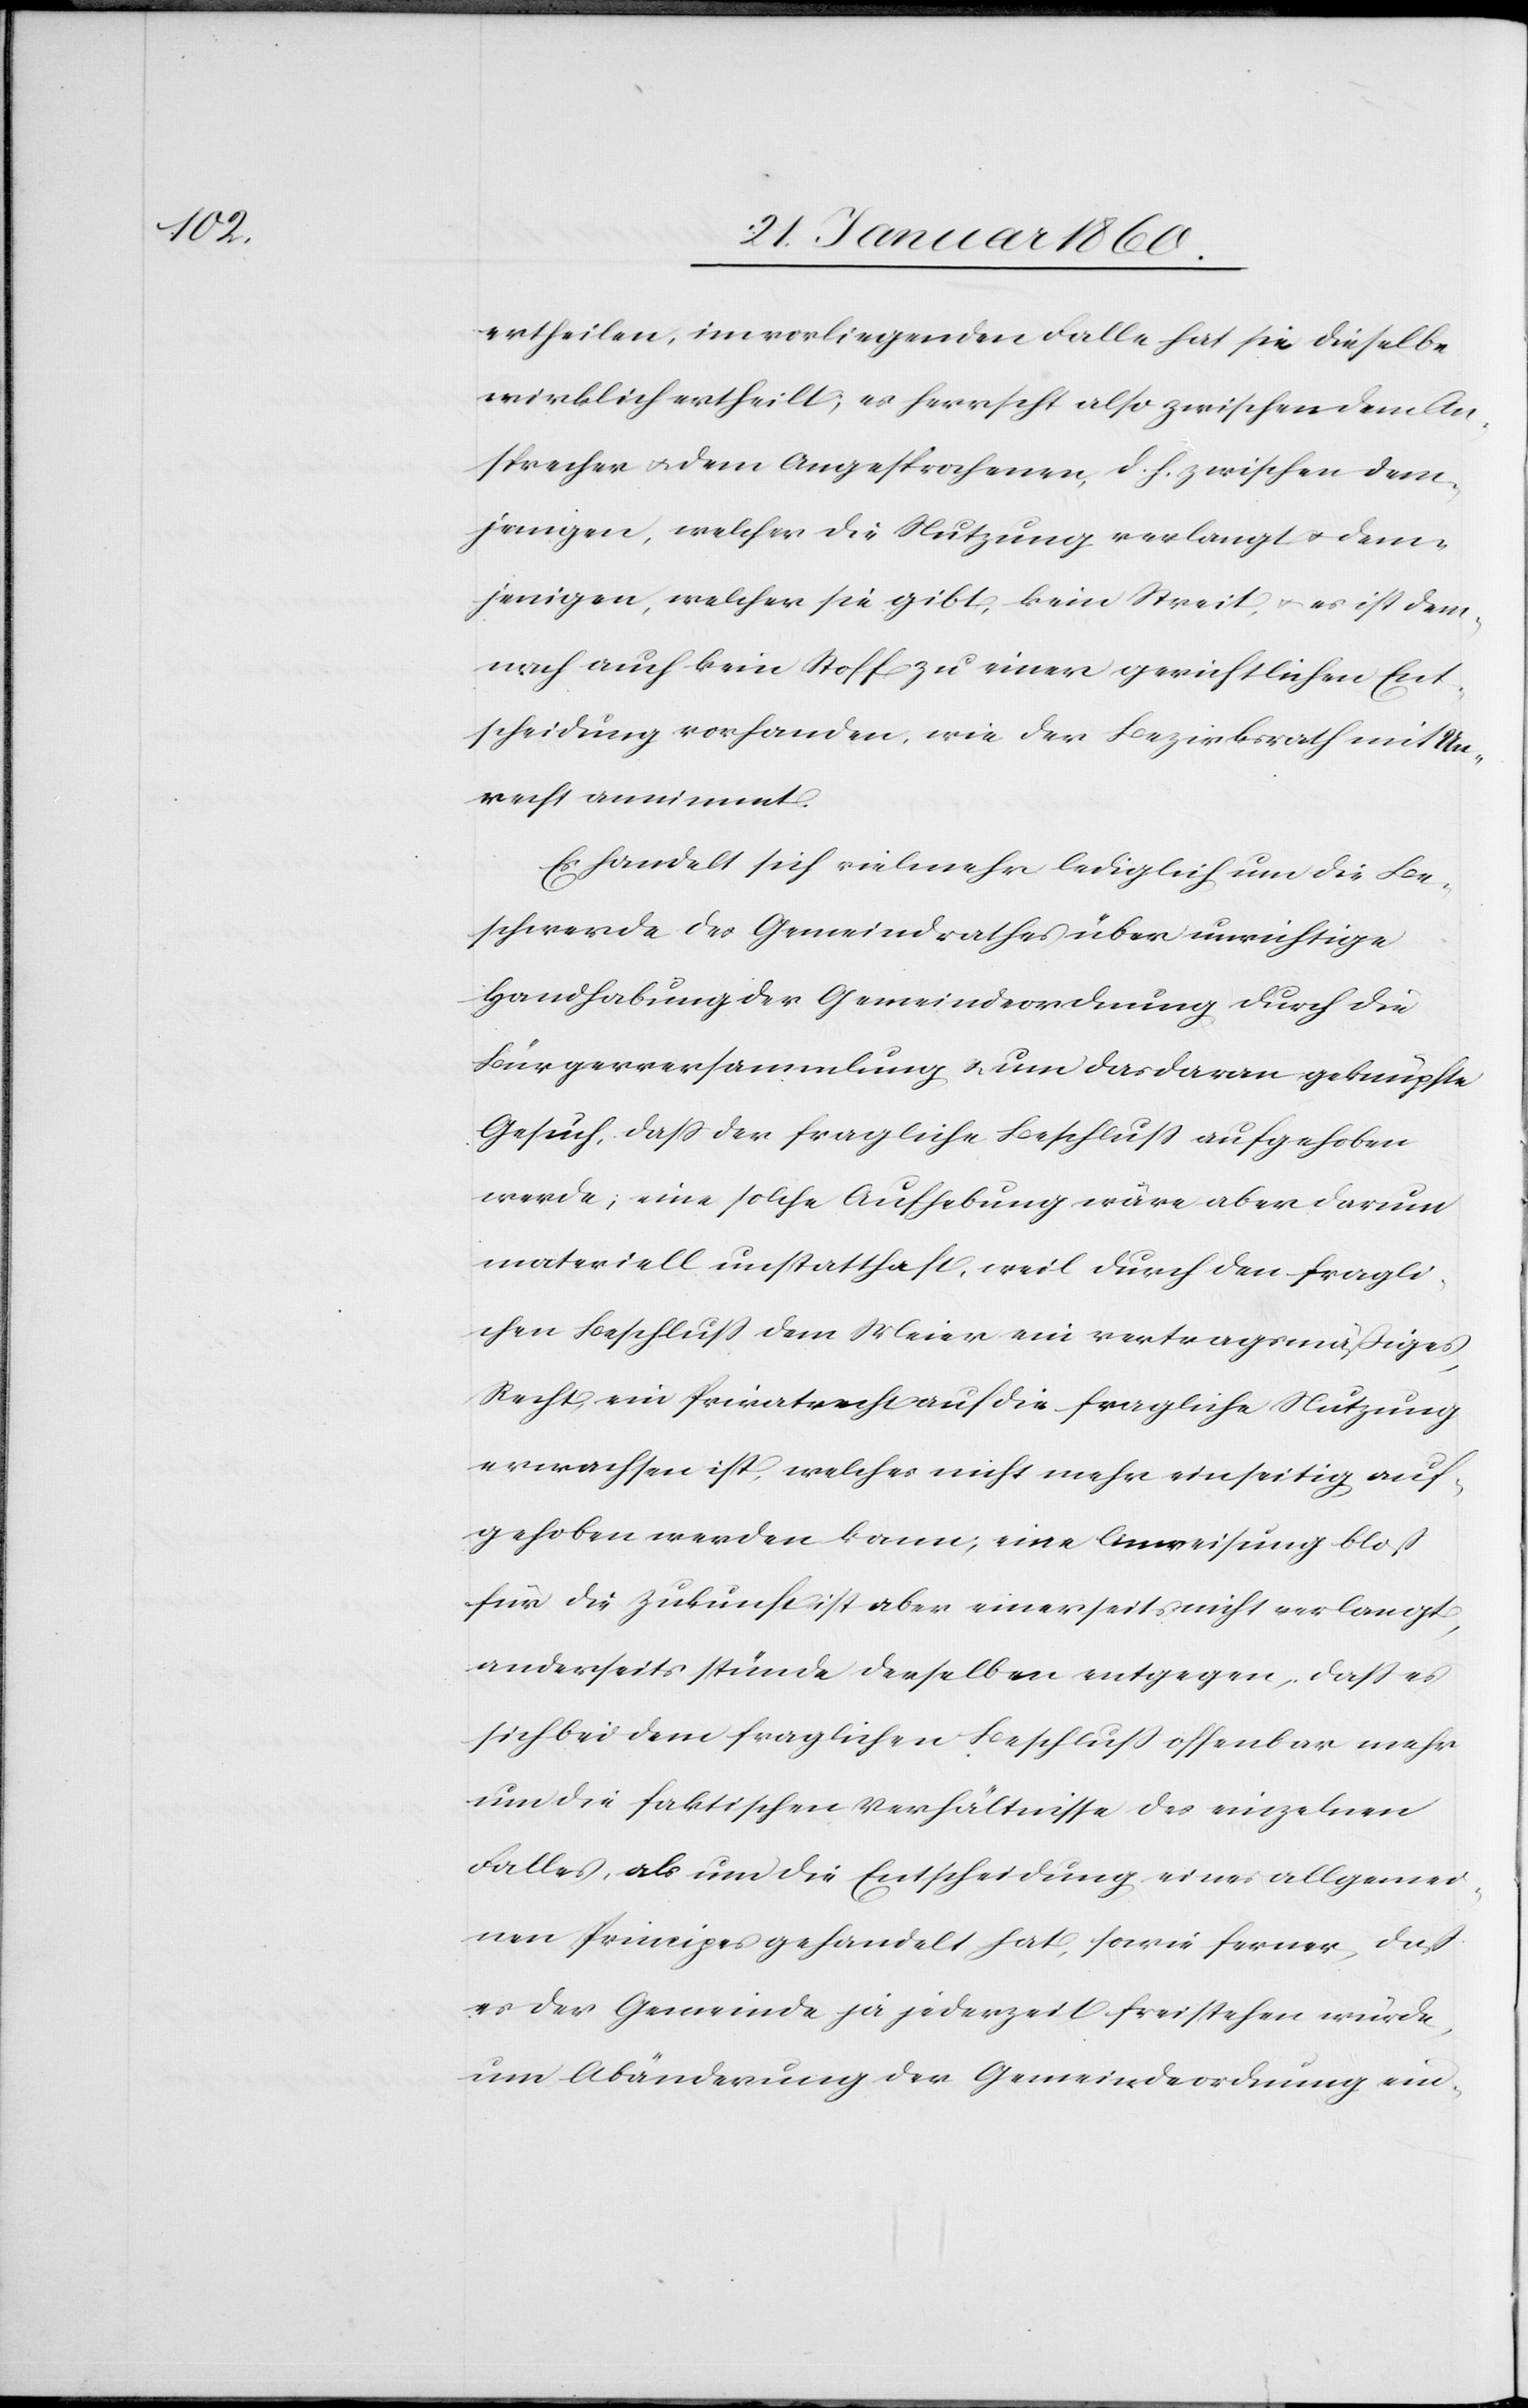
ertheilen, im vorliegenden Falle hat sie dieselbe
wirklich ertheilt; es herrscht also zwischen dem An¬
sprecher u. dem Angesprochenen d. h. zwischen dem¬
jenigen, welcher die Nutzung verlangt u. dem¬
jenigen, welcher sie gibt, kein Streit, u. es ist dem¬
nach auch kein Stoff zu einer gerichtlichen Ent¬
scheidung vorhanden, wie der Bezirksrath mit Un¬
recht annimmt.
Es handelt sich vielmehr lediglich um die Be¬
schwerde des Gemeindrathes über unrichtige
Handhabung der Gemeindeordnung durch die
Bürgerversammlung u. um das daran geknüpfte
Gesuch, dass der fragliche Beschluß aufgehoben
werde, eine solche Aufhebung wäre aber darum
materiell unstatthaft, weil durch den fragli¬
chen Beschluß dem Meier ein vertragsmäßiges
Recht, ein Privatrecht auf die fragliche Nutzung
erwachsen ist, welches nicht mehr einseitig auf¬
gehoben werden kann; eine Anweisung bloß
für die Zukunft ist aber einerseits nicht verlangt,
anderseits stünde derselbe entgegen, dass es
sich bei dem fraglichen Beschluß offenbar mehr
um die faktischen Verhältnisse des einzelnen
Falles, als um die Entscheidung eines allgemei¬
nen Principes gehandelt hat, sowie ferner, dass
er der Gemeinde ja jederzeit freistehen würde,
um Abänderung der Gemeindeordnung ein-